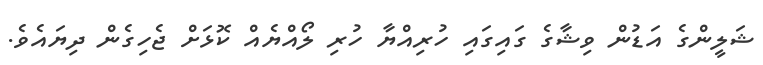
ޝަލީންގެ އަޑުން ވިޝާގެ ގައިގައި ހުރިއްޔާ ހުރި ލޯއްޔެއް ކޮޅަށް ޖެހިގެން ދިޔައެވެ.